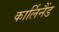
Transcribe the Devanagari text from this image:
कार्लिनैंड